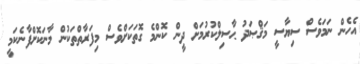
އެހެން ނަމަވެސް ސިޔާސީ މަޤްޞަދު ޙާސިލްކުރުމަށް ދީން ކޮންމެ ގޮތަކަށްވެސް މިފަރާތްތަކުން މާނަކޮށްފާނެކަމީ